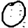
Digit: 0